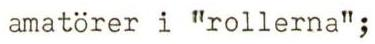
amatörer i "rollerna";